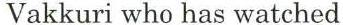
Vakkuri who has watched